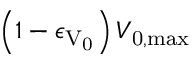
\left( 1 - \epsilon _ { \mathrm { V _ { \mathrm { 0 } } } } \right) V _ { \mathrm { 0 , m a x } }